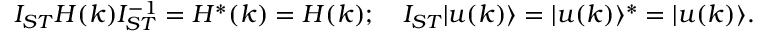
I _ { S T } H ( k ) I _ { S T } ^ { - 1 } = H ^ { * } ( k ) = H ( k ) ; \quad I _ { S T } | u ( k ) \rangle = | u ( k ) \rangle ^ { * } = | u ( k ) \rangle .